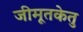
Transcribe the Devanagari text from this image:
जीमूतकेतु